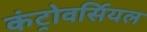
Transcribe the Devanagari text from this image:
कंट्रोवर्सियल